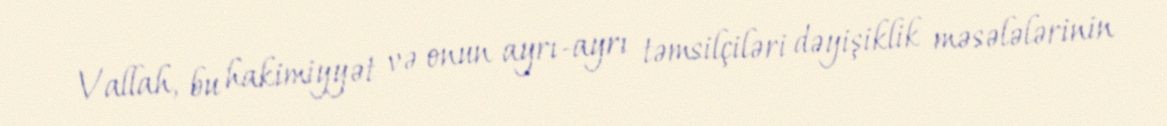
Vallah, bu hakimiyyət və onun ayrı-ayrı təmsilçiləri dəyişiklik məsələlərinin